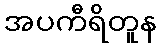
အပကီရိတူန